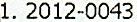
1. 2012-0043